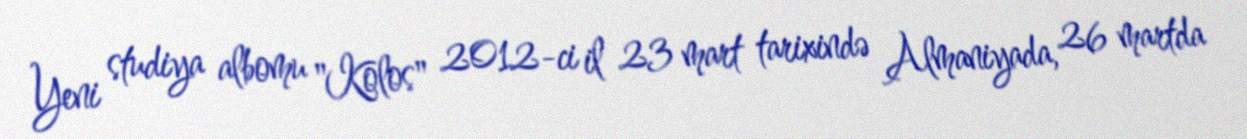
Yeni studiya albomu "Kolos" 2012-ci il 23 mart tarixində Almaniyada, 26 martda